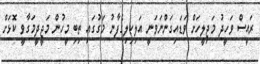
ރައީސް ވަހީދު މަޖިލީހަށް ވަޑައިގަންނަވަނީ އަލިކިލިގެފާނު މަގުގައި ތިބި މީހުން މަޖީދީމަގާވީ ކޮޅަށް